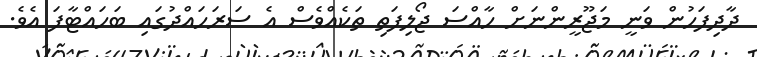
ދާދިފަހުން ވަނީ މަޖޫރީންނަށް ހާއްސަ ޖޯލިފަތި ތަކެއްވެސް އެ ސަރަހައްދުގައި ބަހައްޓާފަ އެވެ.